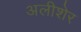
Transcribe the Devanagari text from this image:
अलीशेर